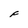
Character: F